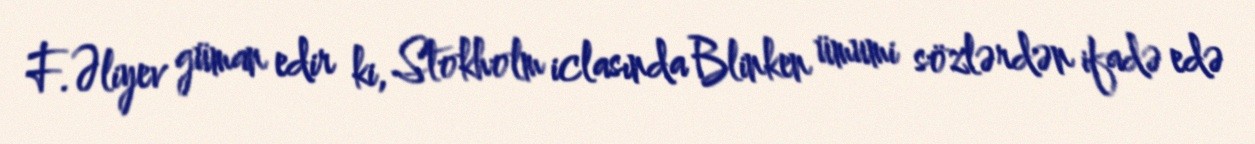
F.Əliyev güman edir ki, Stokholm iclasında Blinken ümumi sözlərdən ifadə edə